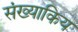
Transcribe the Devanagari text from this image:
संख्याकिय